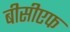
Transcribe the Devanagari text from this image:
बीसीएफ